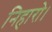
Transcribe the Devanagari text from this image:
निहारो।